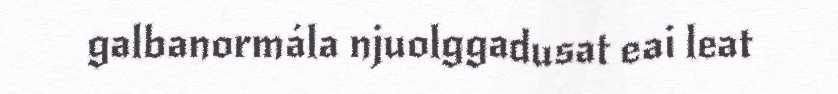
galbanormála njuolggadusat eai leat